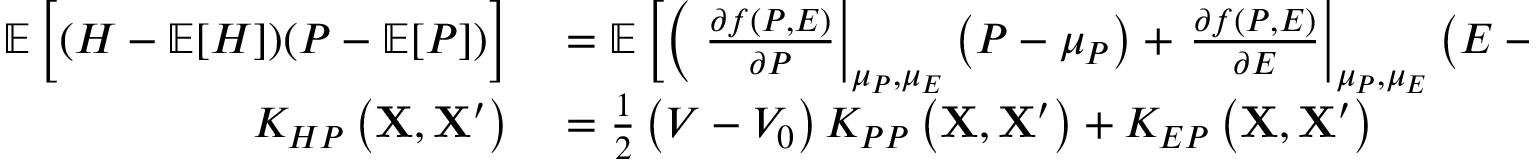
\begin{array} { r l } { \mathop { { } \mathbb { E } } \Big [ ( H - \mathop { { } \mathbb { E } } [ H ] ) ( P - \mathop { { } \mathbb { E } } [ P ] ) \Big ] } & { { } = \mathop { { } \mathbb { E } } \bigg [ \bigg ( \left. \frac { \partial f \left( P , E \right) } { \partial P } \right| _ { \mu _ { P } , \mu _ { E } } \left( P - \mu _ { P } \right) + \left. \frac { \partial f \left( P , E \right) } { \partial E } \right| _ { \mu _ { P } , \mu _ { E } } \left( E - \mu _ { E } \right) \bigg ) \bigg ( \left( P - \mu _ { P } \right) \bigg ) \bigg ] } \\ { K _ { H P } \left( \mathbf { X } , \mathbf { X } ^ { \prime } \right) } & { { } = \frac { 1 } { 2 } \left( V - V _ { 0 } \right) K _ { P P } \left( \mathbf { X } , \mathbf { X } ^ { \prime } \right) + K _ { E P } \left( \mathbf { X } , \mathbf { X } ^ { \prime } \right) } \end{array}